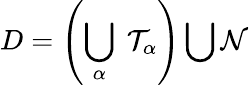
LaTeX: D=\left(\bigcup_{\alpha}\ {\cal T}_{\alpha}\right)\bigcup{\cal N}